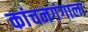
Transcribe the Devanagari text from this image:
कांचनगंगाला